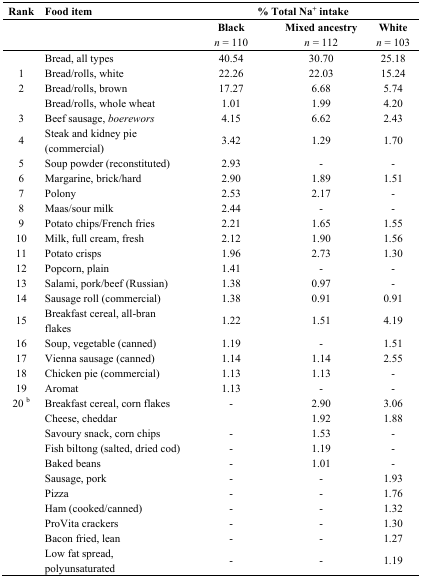
| Rank | Food item | <COLSPAN=3> % Total Na+ intake |
 |  |  | Blackn = 110 | Mixed ancestryn = 112 | Whiten = 103 |
 | --- | --- | --- | --- | --- |
 |  | Bread, all types | 40.54 | 30.70 | 25.18 |
 | 1 | Bread/rolls, white | 22.26 | 22.03 | 15.24 |
 | 2 | Bread/rolls, brown | 17.27 | 6.68 | 5.74 |
 |  | Bread/rolls, whole wheat | 1.01 | 1.99 | 4.20 |
 | 3 | Beef sausage, boerewors | 4.15 | 6.62 | 2.43 |
 | 4 | Steak and kidney pie (commercial) | 3.42 | 1.29 | 1.70 |
 | 5 | Soup powder (reconstituted) | 2.93 | - | - |
 | 6 | Margarine, brick/hard | 2.90 | 1.89 | 1.51 |
 | 7 | Polony | 2.53 | 2.17 | - |
 | 8 | Maas/sour milk | 2.44 | - | - |
 | 9 | Potato chips/French fries | 2.21 | 1.65 | 1.55 |
 | 10 | Milk, full cream, fresh | 2.12 | 1.90 | 1.56 |
 | 11 | Potato crisps | 1.96 | 2.73 | 1.30 |
 | 12 | Popcorn, plain | 1.41 | - | - |
 | 13 | Salami, pork/beef (Russian) | 1.38 | 0.97 | - |
 | 14 | Sausage roll (commercial) | 1.38 | 0.91 | 0.91 |
 | 15 | Breakfast cereal, all-bran flakes | 1.22 | 1.51 | 4.19 |
 | 16 | Soup, vegetable (canned) | 1.19 | - | 1.51 |
 | 17 | Vienna sausage (canned) | 1.14 | 1.14 | 2.55 |
 | 18 | Chicken pie (commercial) | 1.13 | 1.13 | - |
 | 19 | Aromat | 1.13 | - | - |
 | 20 b | Breakfast cereal, corn flakes | - | 2.90 | 3.06 |
 |  | Cheese, cheddar |  | 1.92 | 1.88 |
 |  | Savoury snack, corn chips | - | 1.53 | - |
 |  | Fish biltong (salted, dried cod) | - | 1.19 | - |
 |  | Baked beans | - | 1.01 | - |
 |  | Sausage, pork | - | - | 1.93 |
 |  | Pizza | - | - | 1.76 |
 |  | Ham (cooked/canned) | - | - | 1.32 |
 |  | ProVita crackers | - | - | 1.30 |
 |  | Bacon fried, lean | - | - | 1.27 |
 |  | Low fat spread, polyunsaturated | - | - | 1.19 |